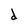
Character: d